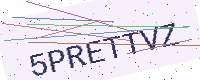
Text: 5PRETTVZ